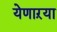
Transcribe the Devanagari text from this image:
येणाऱया